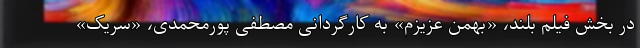
در بخش فیلم بلند، «بهمن عزیزم» به کارگردانی مصطفی پورمحمدی، «سریک»